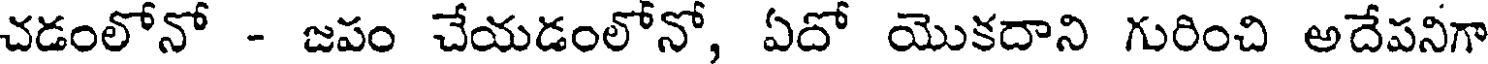
చడంలోనో - జపం చేయడంలోనో, ఏదో యొకదాని గురించి అదేపనిగా